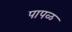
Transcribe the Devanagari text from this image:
पापळ